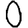
Digit: 0